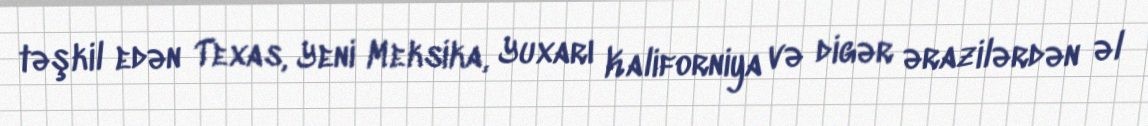
təşkil edən Texas, Yeni Meksika, Yuxarı Kaliforniya və digər ərazilərdən əl